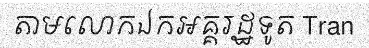
តាមលោកឯកអគ្គរដ្ឋទូត Tran